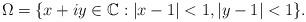
LaTeX: \begin{align*}\Omega = \{ x+iy \in \mathbb C : |x-1|<1, |y-1|<1\}.\end{align*}